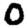
Digit: 0